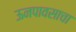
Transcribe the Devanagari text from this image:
ऊनपावसाचा